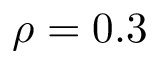
\rho = 0 . 3